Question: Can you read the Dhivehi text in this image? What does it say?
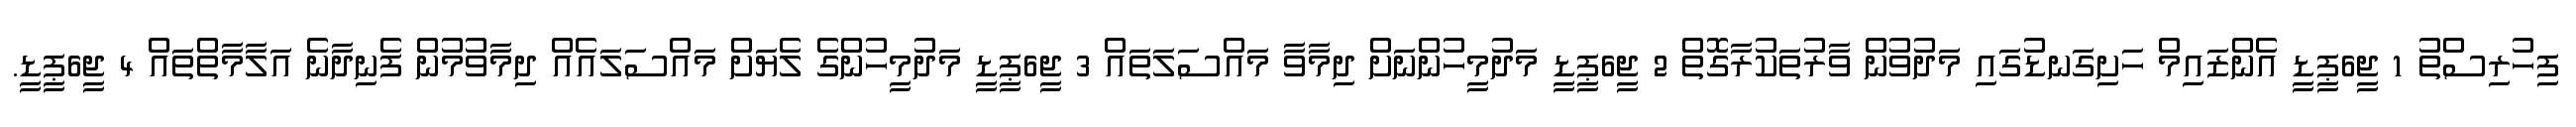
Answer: ފިހުރިސްތު 1 ޖީ6ޕީޑީ އެންޒައިމް ހަށިގަނޑުގައި މަދުވުން ވާރުތަކުރާގޮތް 2 ޖީ6ޕީޑީ މަދުމީހުންނަށް ދިމާވާ މައްސަލަތައް 3 ޖީ6ޕީޑީ މަދުމީހުންގެ ލެޔަށް މައްސަލައެއް ދިމާވުމުން ފެނިދާނެ އަލާމާތްތައް 4 ޖީ6ޕީޑީ.